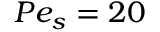
P e _ { s } = 2 0